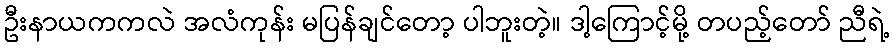
ဦးနာယကကလဲ အလံကုန်း မပြန်ချင်တော့ ပါဘူးတဲ့။ ဒါ့ကြောင့်မို့ တပည့်တော် ညီရဲ့